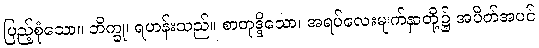
ပြည့်စုံသော။ ဘိက္ခု၊ ရဟန်းသည်။ စာတုဒ္ဒိသော၊ အရပ်လေးမျက်နှာတို့၌ အပိတ်အပင်